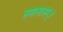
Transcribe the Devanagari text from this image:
समाभासम्।